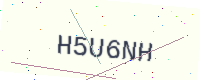
Text: H5U6NH